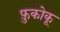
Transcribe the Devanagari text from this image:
फ़ुकोकू